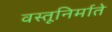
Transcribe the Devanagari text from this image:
वस्तूनिर्माते